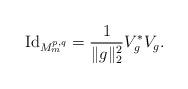
LaTeX: \begin{align*} {\rm Id}_{M^{p,q}_m}=\frac 1 {\|g\|_2^2} V_g^\ast V_g. \end{align*}